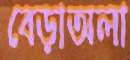
বেড়াঅলা